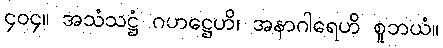
၄၀၄။ အသံသဋ္ဌံ ဂဟဋ္ဌေဟိ၊ အနာဂါရေဟိ စူဘယံ။